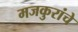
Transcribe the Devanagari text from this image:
मजकुरांचे